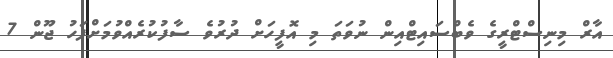
އާރް މިނިސްޓްރީގެ ވެބްސައިޓްއިން ނުވަތަ މި އޮފީހަށް ދުރުވެ ސާފުކުރެއްވުމަށްފަހު ޖޫން 7